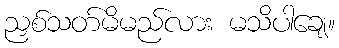
ညှစ်သတ်မိမည်လား မသိပါချေ။